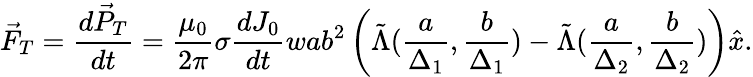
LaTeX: \vec{F}_{T}=\frac{d\vec{P}_{T}}{dt}=\frac{\mu_{0}}{2\pi}\sigma\frac{dJ_{0}}{dt}wab^{2}\left(\tilde{\Lambda}(\frac{a}{\Delta_{1}},\frac{b}{\Delta_{1}})-\tilde{\Lambda}(\frac{a}{\Delta_{2}},\frac{b}{\Delta_{2}})\right)\hat{x}.